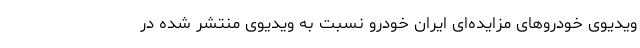
ویدیوی خودروهای مزایده‌ای ایران خودرو نسبت به ویدیوی منتشر شده در